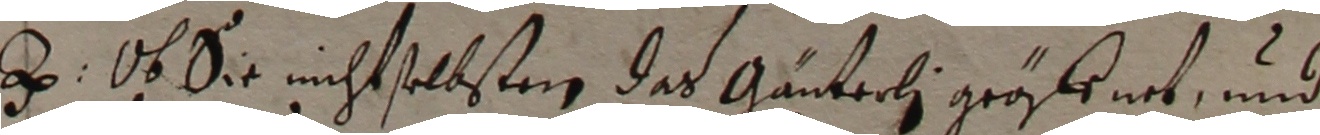
e. ob sie nicht selbsten das Gänterli grösknet und